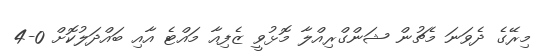
މިރޭގެ ދެވަނަ މެޗުން ޝަންގްރިއްލާ މޮޅުވީ ޒެފިއާ މައްޓެ އާއި ބައްދަލުކޮށް 0-4